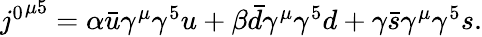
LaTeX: \begin{array}{r}{{j^{0}}^{\mu 5}=\alpha\bar{u}\gamma^{\mu}\gamma^{5}u+\beta\bar{d}\gamma^{\mu}\gamma^{5}d+\gamma\bar{s}\gamma^{\mu}\gamma^{5}s.}\end{array}